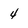
Character: 4